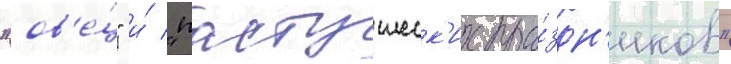
"ов'е́ц" и́ "пастушеск'их пра́здн'иков"